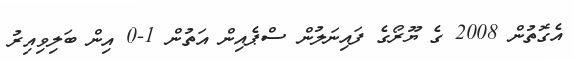
އެގޮތުން 2008 ގެ ޔޫރޯގެ ފައިނަލުން ސްޕެއިން އަތުން 1-0 އިން ބަލިވިއިރު